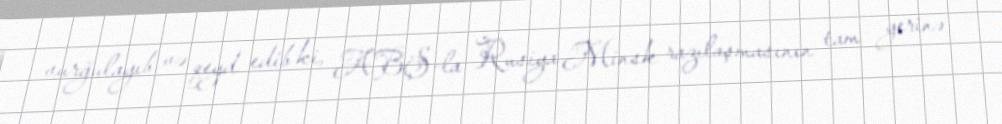
vurğulayıb və qeyd edib ki, ABŞ-la Rusiya Minsk razılaşmasının tam yerinə